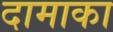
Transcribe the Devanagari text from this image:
दामाका